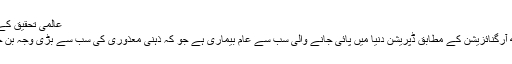
عالمی تحقیق کے مطابق:
ورلڈ ہیلتھ آرگنائزیشن کے مطابق ڈپریشن دنیا میں پائی جانے والی سب سے عام بیماری ہے جو کہ ذہنی معذوری کی سب سے بڑی وجہ بن جاتی ہے۔